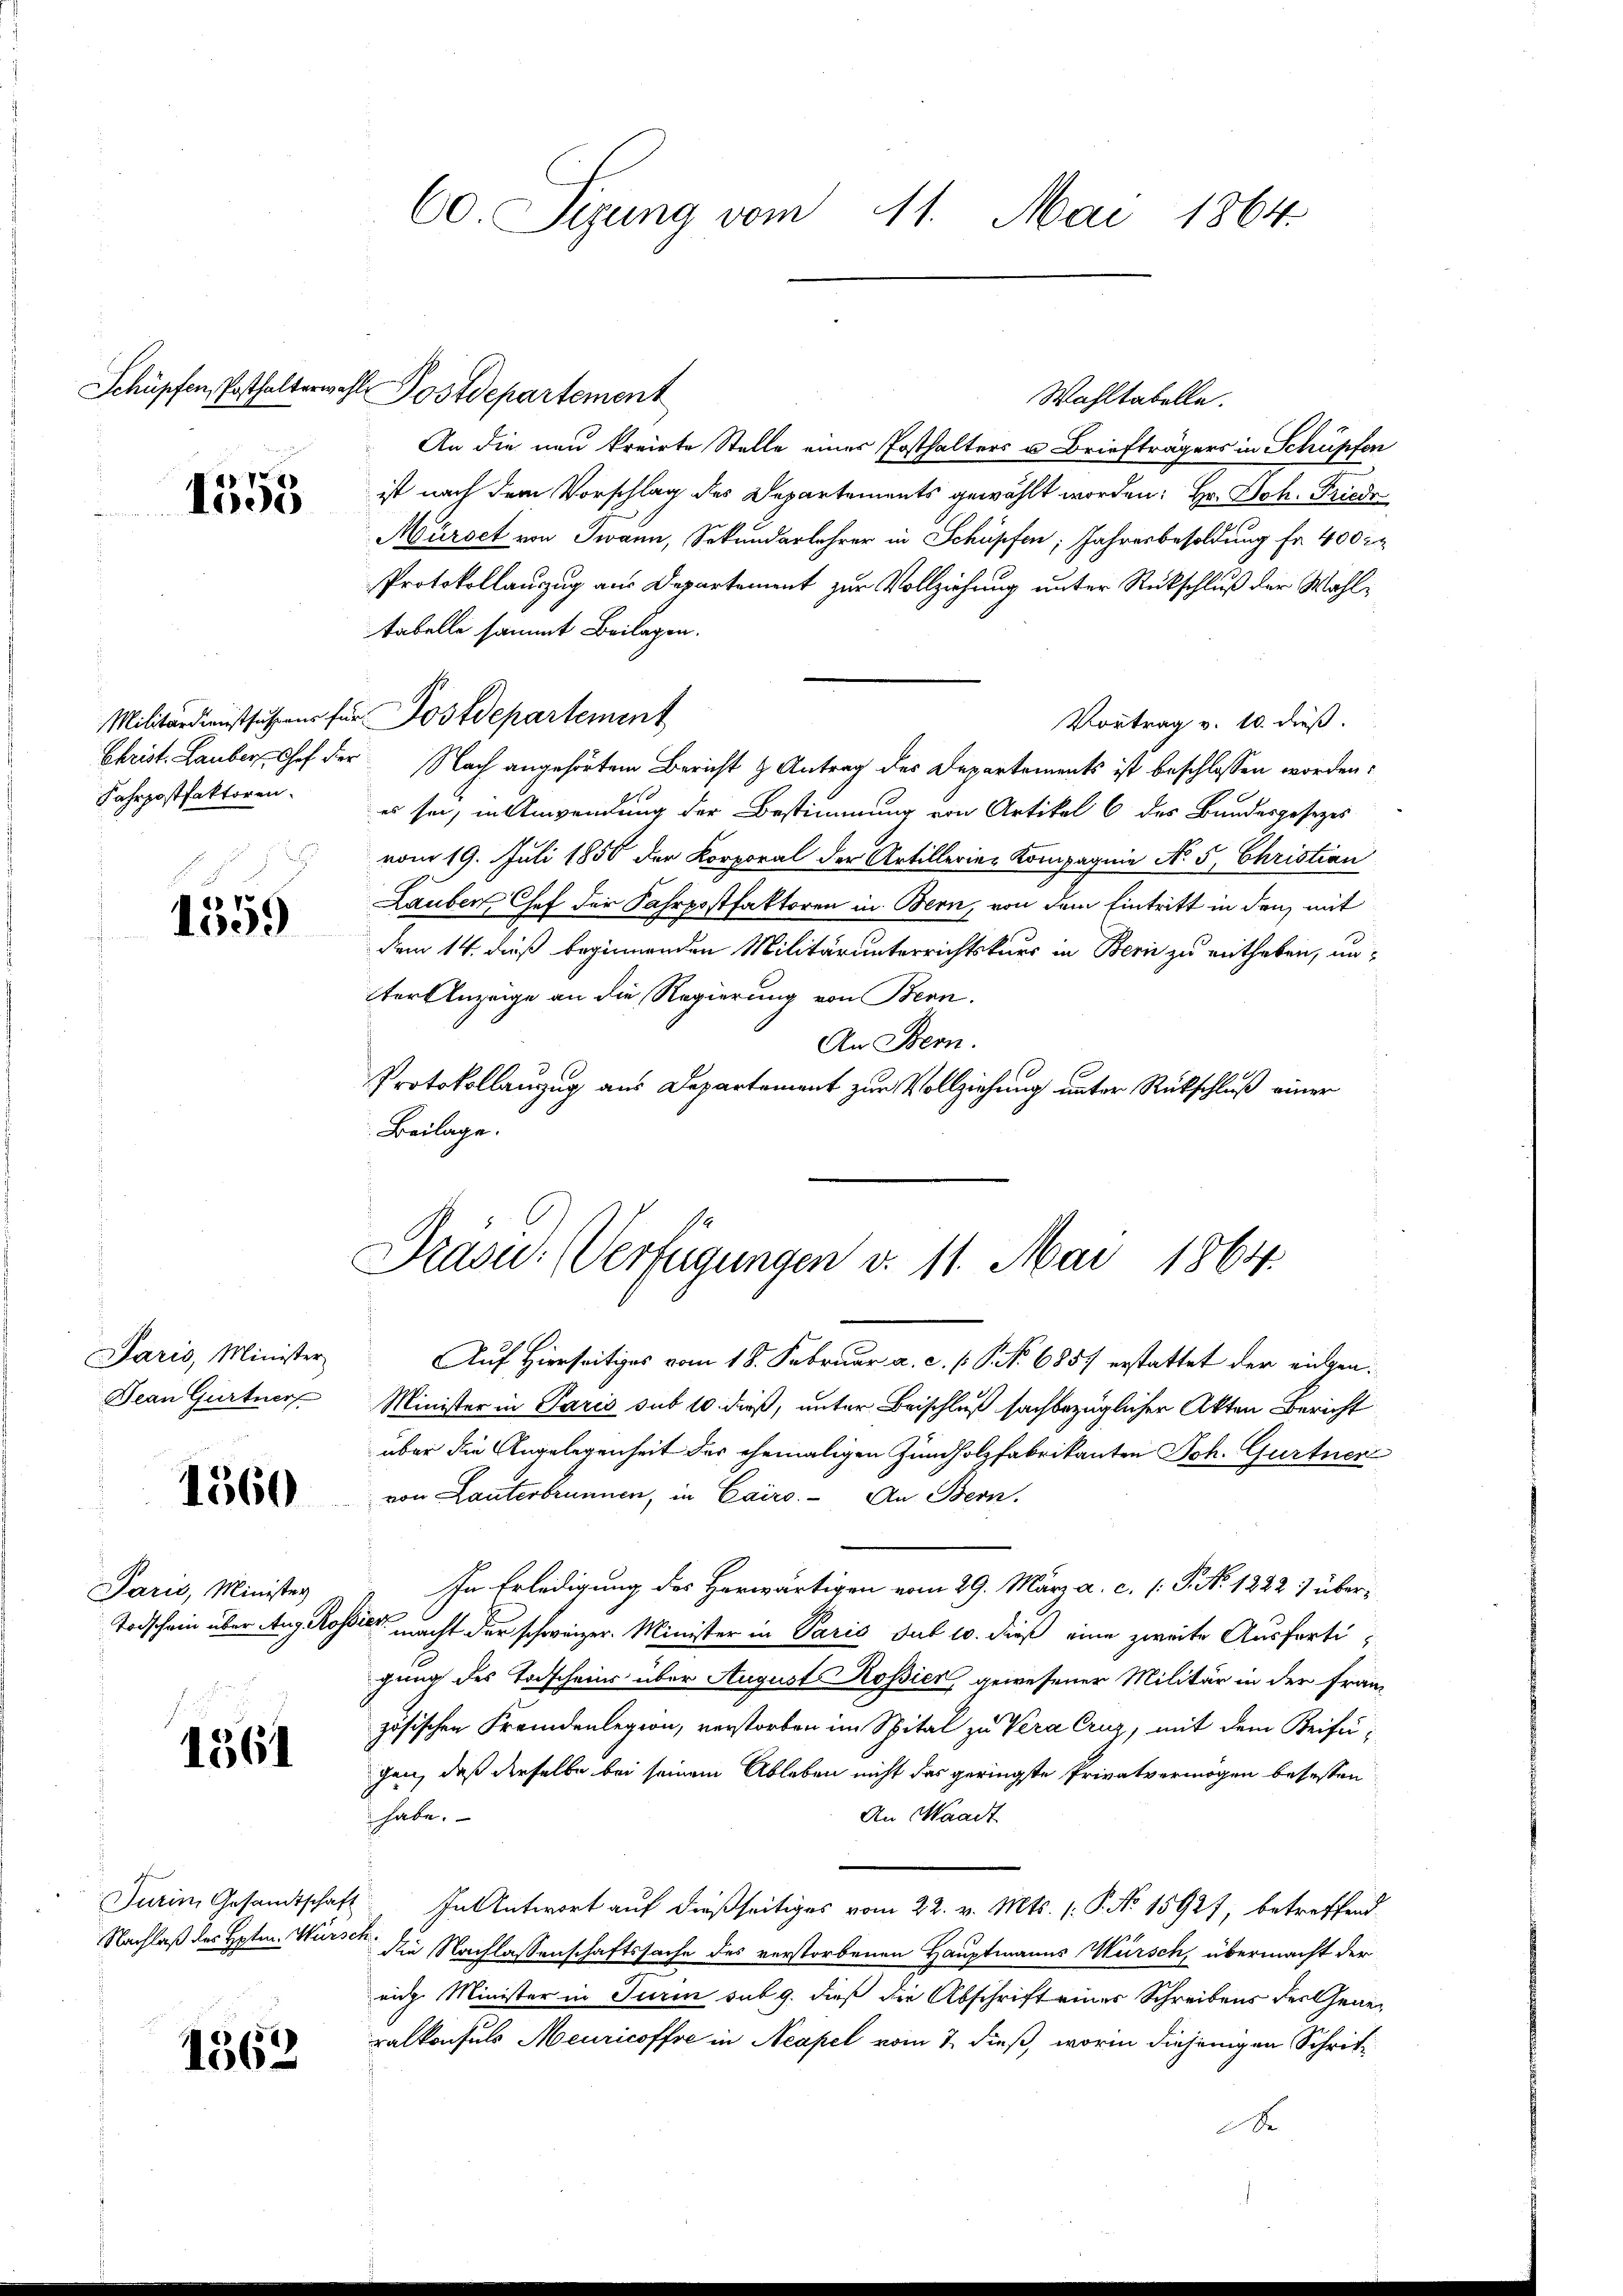
Schüpfen, Posthalterwahl

1555

Fahrpostfaktoren.

e) ve
100.

Paris, Minister
Dean Gurtner

1560

Paris, Minister
Todschein über Aug. Ros

1561

Turin Gesandtschaft
Nachlaß des Hptm. Wür¬

1562

60. Sizung vom 11. Mai 1864.

Wahltabelle.
An die neu kreirte Stelle einer Posthalters u. Briefträgers in Schüpfen
ist nach dem Vorschlag des Departements gewählt worden: Hr. Joh. Friede
Mürsct von Twann, Sekundarlehrer in Schüpfen; Jahresbesoldung fr. 400 in
Protokollauszug aus Departement zur Vollziehung unter Rückschluß der Wahltabelle sammt Beilagen.
Militärdienstführens für Postdepartement
Vortrag v. 10. dieß.
Christ. Lauber, Chef der Nach angehörtem Bericht & Antrag des Departements ist beschlossen worden:
es sei, in Anwendung der Bestimmung von Artikel 6 des Bandesgesetzes
vom 19. Juli 1850 der Korporal der Artillerie-Kompagnie N. 5, Christian
Lauben Chef der Fahrpostfaktoren in Bern, von dem Eintritt in den mit
dem 14. dieß beginnenden Militärunterrichtskurs in Bern zu enthaben, unter Anzeige an die Regierung von Bern.
An Bern.
Protokollauzug aus Departement zur Vollziehung unter Rückschluß einer
Beilage.

A Postdepartement

Trasu: (Verfügungen v. 11. Mai 1864.

Auf Hierseitiges vom 18. Februar a. c. s. S. No 685 erstattet der eigen
Minister in Paris sub 10 dieß, unter Beischluß sachbezüglicher Akten Bericht
über die Angelegenheit der ehemaligen Zündholzfabrikanten Joh. Gurtner
von Lauterbrunnen, in Cairo. An Bern.
In Erledigung des Herwärtigen vom 29. März a. c. (T. No. 1222) überzils macht der schweizer. Minister in Paris sub 10. dieß eine zweite Ausfertigung des Todscheins über August Rossier, gewesener Militär in der franz
zösischen Fremdenlegion, verstorben im Spital zu Vera Cruz, mit dem Beifügen, daß derselbe bei seinem Ableben nicht das geringste Privatvermögen besessen
An Waadt
habe.
 In Antwort auf dießseitiges vom 22. v. Mts. (: P. Nr. 15927, betreffend
 die Nachlassenschaftssache des verstorbenen Hauptmanns Würsch, übermacht der
ei Minister in Turin sub 9. dieß die Abschrift eines Schreibens der Generalkonsuls Meuricoffre in Neapel vom 7. dieß, worin diejenigen Schrit¬
D